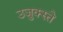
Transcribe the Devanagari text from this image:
उजुक्स्ते